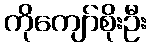
ကိုကျော်စိုးဦး